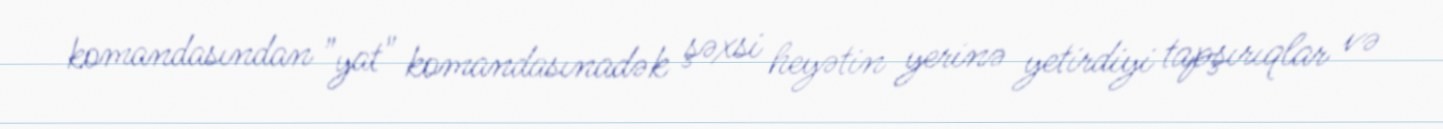
komandasından "yat" komandasınadək şəxsi heyətin yerinə yetirdiyi tapşırıqlar və